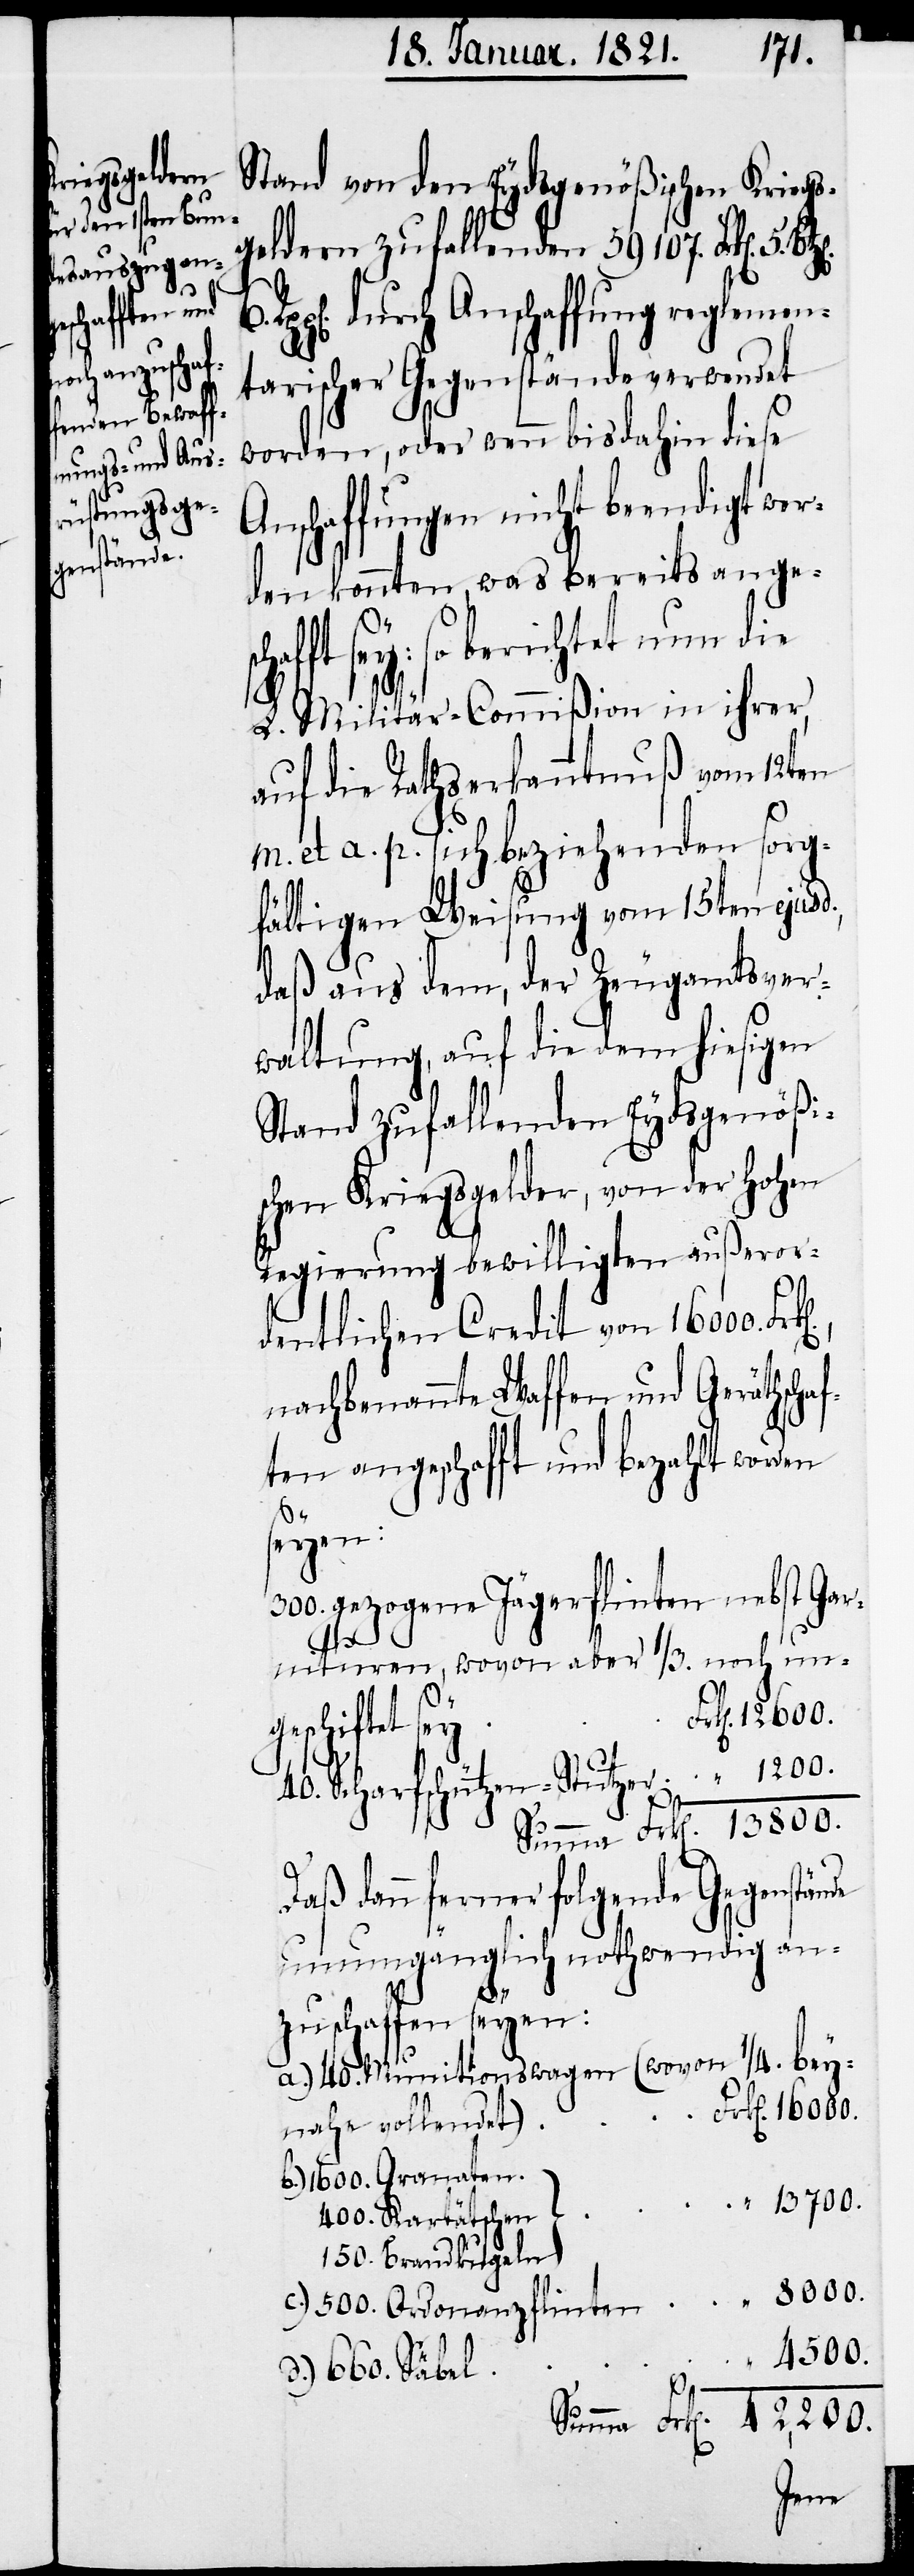
schafft

Stand von den Eydsgenößischen Kriegs¬
geldern zufallenden 59 107. Frk[en].
durch Anschaffung reglemen¬
tarischer Gegenstände verwendet
worden, oder wenn bis dahin diese
Anschaffungen nicht beendigt wer¬
den konnten, was bereits ange¬
sey: so berichtet nun die
L. Militär-Commißion in ihrer,
auf die Rathserkenntniß vom 12ten
m. et a. p. sich beziehenden sorg¬
fältigen Weisung vom 15ten ejusd.,
daß aus dem, der Zeugamtsver¬
waltung, auf die dem hiesigen
Stand zufallenden Eydsgenößi¬
schen Kriegsgelder, von der Hohen
Regierung bewilligten außeror¬
dentlichen Credit von 16 000.
nachbenannte Waffen und Geräthscha¬
ften angeschafft und bezahlt worden
seyen:
gezogene Jägerflinten nebst Gar¬
nituren, wovon aber 1/3. noch ung¬
“
16 000.
eschiftet
40. Scharfschützen-Stutzer
Daß dann ferner folgende Gegenstände
unumgänglich nothwendig an¬
zuschaffen seyen:
40 Munitionswagen (wovon 1/4. bey¬
nahe vollendet)
1600. Granaten
“
13 700.
400. Kartätschen
150. Brandkugeln
8000.
500. Ordonanzflinten
42,200.
660. Säbel
sey